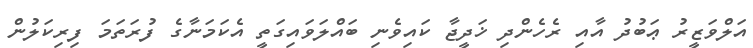
އަލްވަޒީރު ޢަބުދު އާއި ރެހެންދި ޚަދީޖާ ކައިވެނި ބައްލަވައިގަތީ އެކަމަނާގެ ފުރަތަމަ ފިރިކަލުން